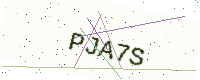
Text: PJA7S